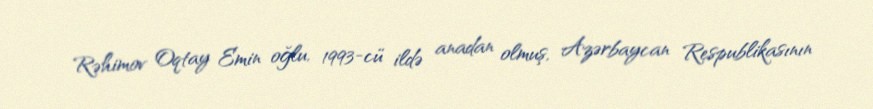
Rəhimov Oqtay Emin oğlu, 1993-cü ildə anadan olmuş, Azərbaycan Respublikasının